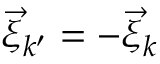
\vec { \xi } _ { k ^ { \prime } } = - \vec { \xi } _ { k }